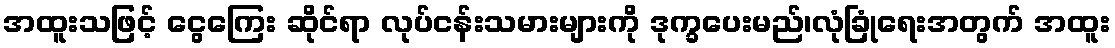
အထူးသဖြင့် ငွေကြေး ဆိုင်ရာ လုပ်ငန်းသမားများကို ဒုက္ခပေးမည်၊လုံခြုံရေးအတွက် အထူး